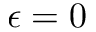
\epsilon = 0